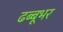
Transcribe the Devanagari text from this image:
ढब्बूभर